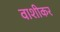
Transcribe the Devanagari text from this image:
वाशीकर